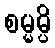
စမ္မမ္ပိ